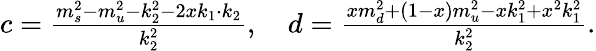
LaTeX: \begin{array}{r}{c=\frac{m_{s}^{2}-m_{u}^{2}-k_{2}^{2}-2xk_{1}\cdot k_{2}}{k_{2}^{2}},\quad d=\frac{xm_{d}^{2}+(1-x)m_{u}^{2}-xk_{1}^{2}+x^{2}k_{1}^{2}}{k_{2}^{2}}.}\end{array}